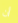
أن